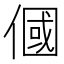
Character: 𬿓